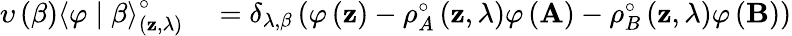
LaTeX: \begin{array}{rl}{\upsilon\left(\beta\right)\left<\varphi\mid\beta\right>_{\left(\mathbf{z},\lambda\right)}^{\circ}}&{{}=\delta_{\lambda,\beta}\left(\varphi\left(\mathbf{z}\right)-\rho_{A}^{\circ}\left(\mathbf{z},\lambda\right)\varphi\left(\mathbf{A}\right)-\rho_{B}^{\circ}\left(\mathbf{z},\lambda\right)\varphi\left(\mathbf{B}\right)\right)}\end{array}